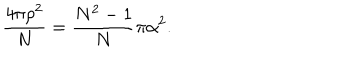
\frac { 4 \pi \rho ^ { 2 } } { N } = \frac { N ^ { 2 } - 1 } { N } \pi \alpha ^ { 2 } .